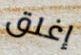
إغلق